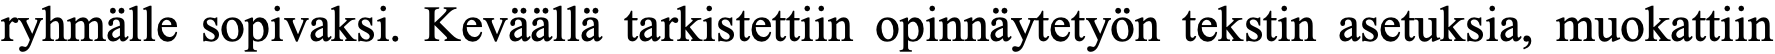
ryhmälle sopivaksi. Keväällä tarkistettiin opinnäytetyön tekstin asetuksia, muokattiin